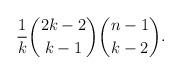
LaTeX: \begin{align*} \frac1k\binom{2k-2}{k-1}\binom{n-1}{k-2}. \end{align*}